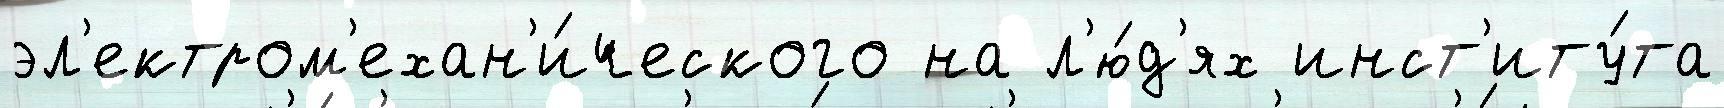
эл'ектром'ехан'и́ческого на л'ю́д'ях инст'иту́та